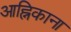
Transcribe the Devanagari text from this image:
आह्निकाना